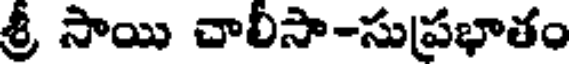
శ్రీ సాయి చాలీసా-సుప్రభాతం